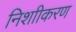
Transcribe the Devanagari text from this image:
निशाीकरण